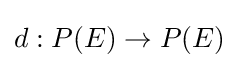
d:P(E)\rightarrow P(E)